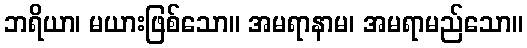
ဘရိယာ၊ မယားဖြစ်သော။ အမရာနာမ၊ အမရာမည်သော။